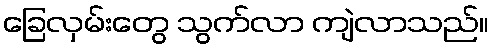
ခြေလှမ်းတွေ သွက်လာ ကျဲလာသည်။